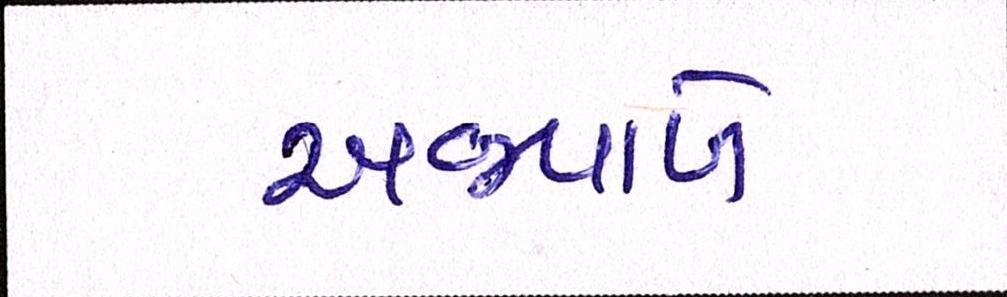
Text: અજવાળે